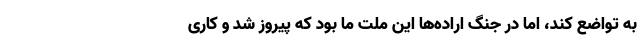
به تواضع کند، اما در جنگ اراده‌ها این ملت ما بود که پیروز شد و کاری